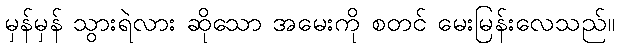
မှန်မှန် သွားရဲလား ဆိုသော အမေးကို စတင် မေးမြန်းလေသည်။